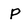
Character: P